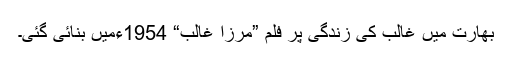
بھارت میں غالب کی زندگی پر فلم ”مرزا غالب“ 1954ءمیں بنائی گئی۔